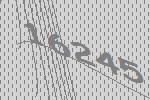
16245